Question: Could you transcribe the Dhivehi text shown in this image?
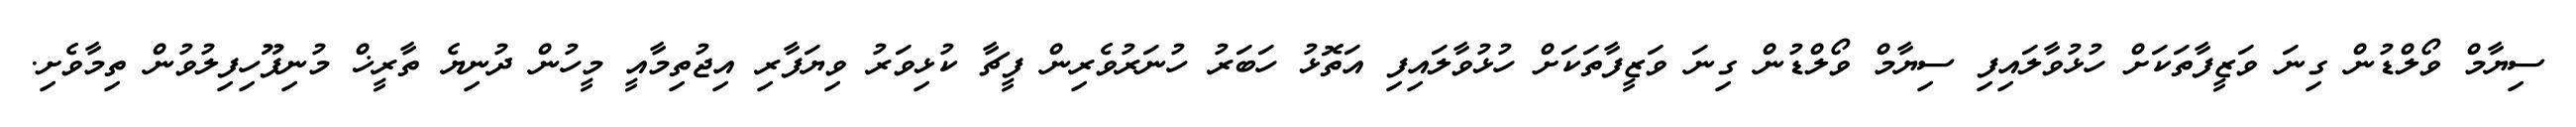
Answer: ސިޔާމް ވޯލްޑުން ގިނަ ވަޒީފާތަކަށް ހުޅުވާލައިފި ސިޔާމް ވޯލްޑުން ގިނަ ވަޒީފާތަކަށް ހުޅުވާލައިފި އަތޮޅު ހަބަރު ހުނަރުވެރިން ފީޗާ ކުޅިވަރު ވިޔަފާރި އިޖުތިމާއީ މީހުން ދުނިޔެ ތާރީޚް މުނިފޫހިފިލުވުން ތިމާވެށި.